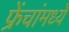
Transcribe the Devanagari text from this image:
फ्रेंचांमध्ये